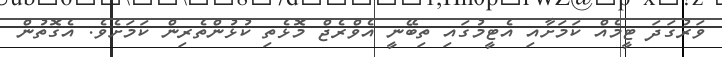
ވަރުގަދަ ޓީމެއް ކަމަށާއި އެޓީމުގައި ތިބޭނީ އެވްރެޖް މޮޅެތި ކުޅުންތެރިން ކަމަށެވެ. އެގޮތުން